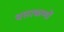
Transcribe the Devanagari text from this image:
वसाकणों